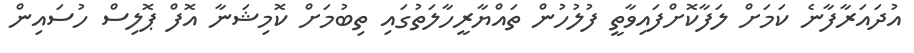
އުދައަރާފާނެ ކަމަށް ލަފާކޮށްފައިވާތީ ފުލުހުން ތައްޔާރީހާލަތުގައި ތިބުމަށް ކޮމިޝަނާ އޮފް ޕޮލިސް ހުސައިން